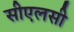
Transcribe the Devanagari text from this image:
सीएलसी